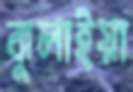
ঝুলাইয়া